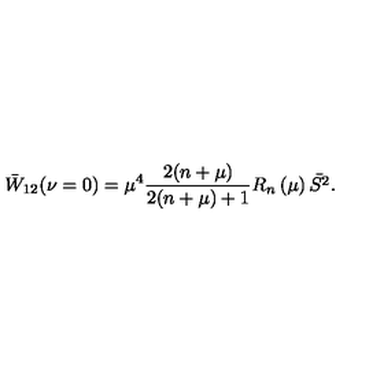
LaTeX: \bar { W } _ { 1 2 } ( \nu = 0 ) = \mu ^ { 4 } \frac { 2 ( n + \mu ) } { 2 ( n + \mu ) + 1 } R _ { n } \left( \mu \right) \bar { S ^ { 2 } } .